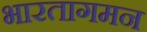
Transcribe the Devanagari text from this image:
भारतागमन